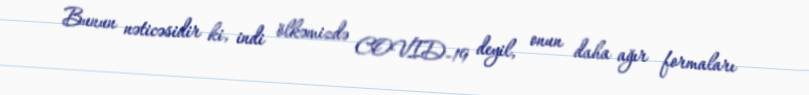
Bunun nəticəsidir ki, indi ölkəmizdə COVID-19 deyil, onun daha ağır formaları